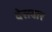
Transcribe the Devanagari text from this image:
देसवार